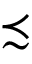
\precsim